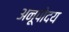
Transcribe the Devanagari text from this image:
अनूपोदय